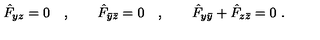
\hat { F } _ { y z } = 0 \quad , \qquad \hat { F } _ { \bar { y } \bar { z } } = 0 \quad , \qquad \hat { F } _ { y \bar { y } } + \hat { F } _ { z \bar { z } } = 0 \ .